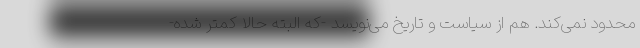
محدود نمی‌کند. هم از سیاست و تاریخ می‌نویسد -که البته حالا کمتر شده-